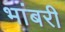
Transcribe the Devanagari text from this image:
भांबरी